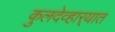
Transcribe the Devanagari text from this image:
कुलदेव्हार्‍यात